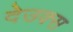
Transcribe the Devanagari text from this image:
देउक्स